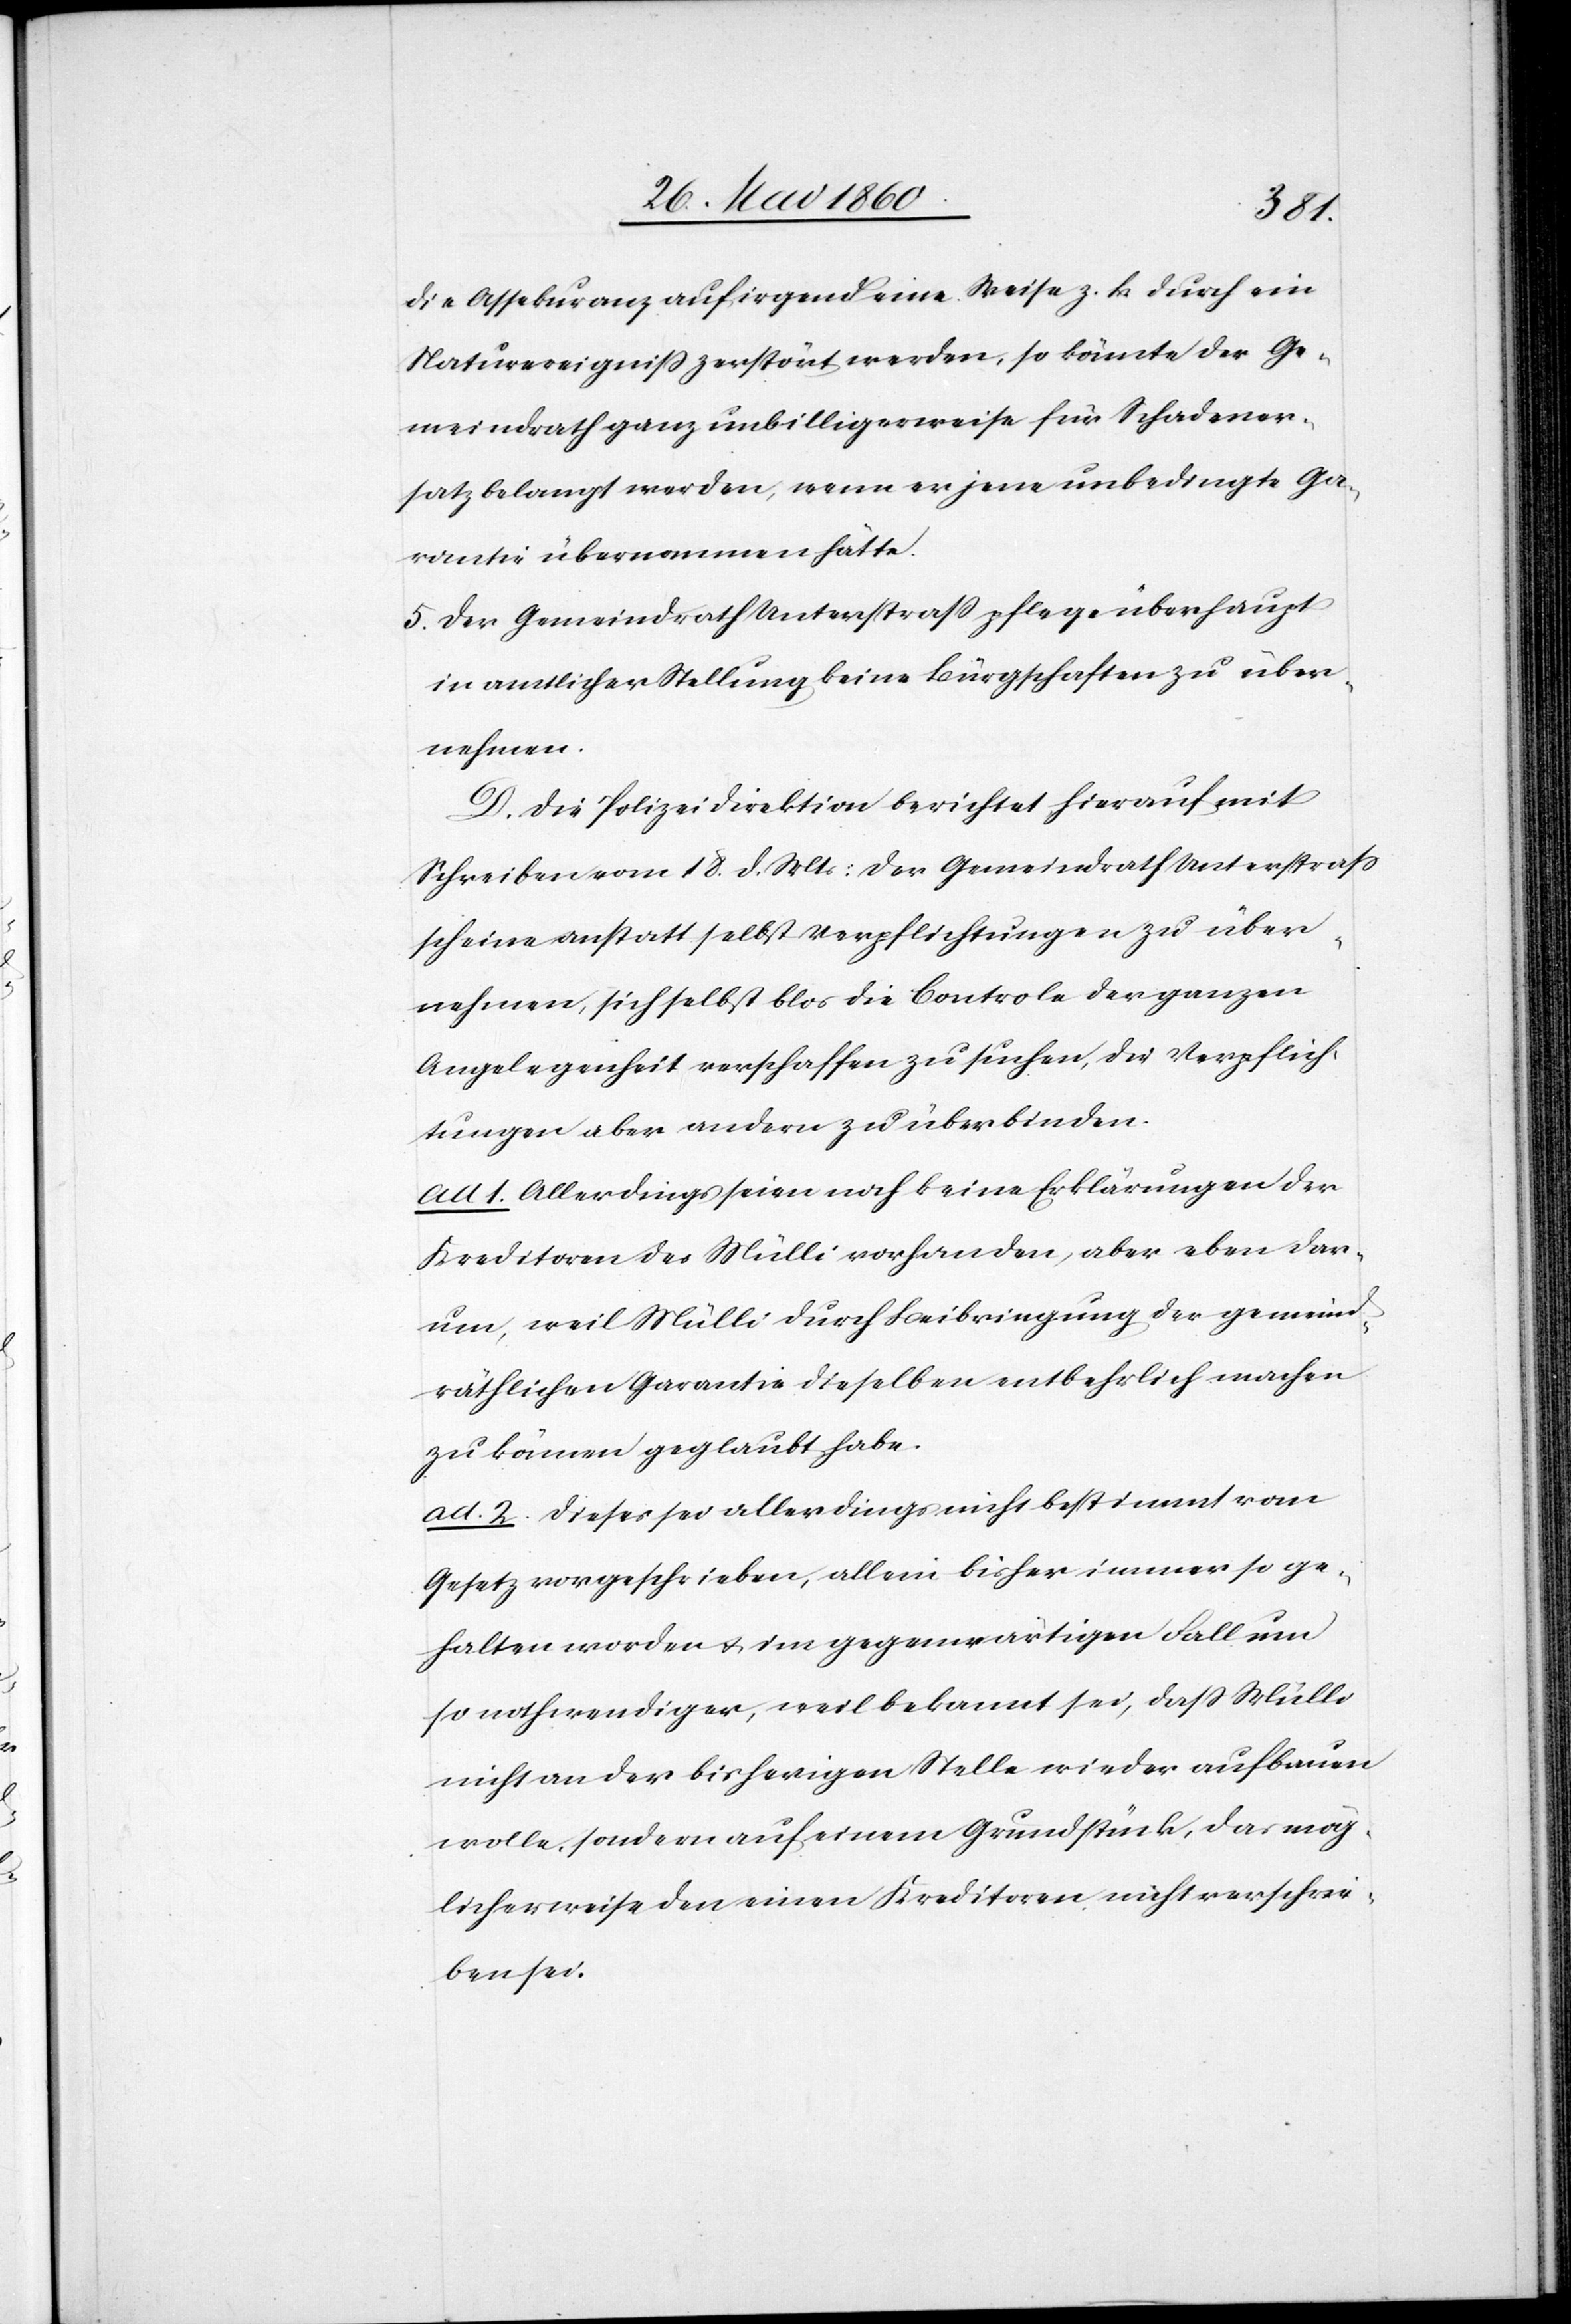
die Assekuranz auf irgend eine Weise z. B. durch ein
Naturereigniss zerstört werden, so könnte der Ge¬
meindrath ganz unbilligerweise für Schadener¬
satz belangt werden, wenn er jene unbedingte Ga¬
rantie übernommen hätte.
5. Der Gemeindrath Unterstrass pflege überhaupt
in amtlicher Stellung keine Bürgschaften zu über¬
nehmen.
D. Die Polizeidirektion berichtet hierauf mit
Schreiben vom 18. d. Mts: der Gemeindrath Unterstrass
scheine anstatt selbst Verpflichtungen zu über¬
nehmen, sich selbst blos die Controle der ganzen
Angelegenheit verschaffen zu suchen, die Verpflich¬
tungen aber andern zu überbinden.
ad. 1. Allerdings seien noch keine Erklärungen der
Kreditoren des Mülli vorhanden, aber eben dar¬
um, weil Mülli durch Beibringung der gemeind¬
räthlichen Garantie dieselben entbehrlich machen
zu können geglaubt habe.
ad. 2. dieses sei allerdings nicht bestimmt vom
Gesetz vorgeschrieben, allein bisher immer so ge¬
halten worden u. im gegenwärtigen Fall um
so nothwendiger, weil bekannt sei, dass Mülli
nicht an der bisherigen Stelle wieder aufbauen
wolle, sondern auf einem Grundstück, das mög¬
licherweise den einen Kreditoren nicht verschrie¬
ben sei.